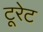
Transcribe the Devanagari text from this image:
टूरेट